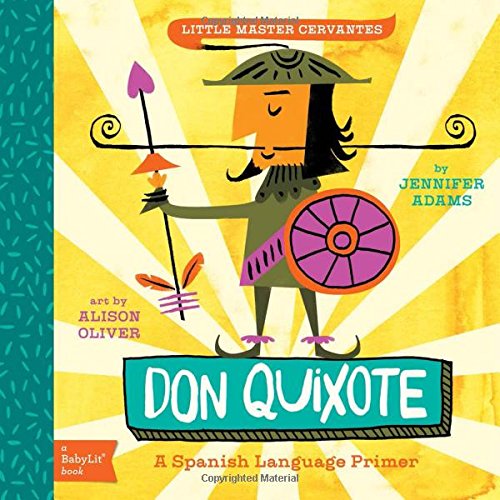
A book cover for Don Quixote: A BabyLitÂ® Spanish Language Primer (BabyLit Books); Jennifer Adams; Children's Books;